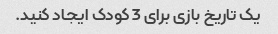
یک تاریخ بازی برای 3 کودک ایجاد کنید.